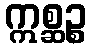
ဣစ္ဆဉ္စ